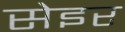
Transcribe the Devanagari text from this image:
सेइर